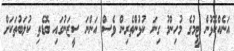
އަނެއްކޮޅުން ޓީމުގެ މުހިންމު ގިނަ ކުޅުންތެރިން ވެސް އަންނަ ސީޒަނުގައި ބޮޑެތި ކުލަބުތަކަށް